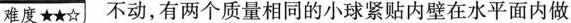
难度★★☆不动，有两个质量相同的小球紧贴内壁在水平面内做